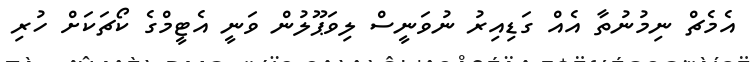
އެމެޗް ނިމުނުތާ އެއް ގަޑިއިރު ނުވަނީސް ލިވަޕޫލުން ވަނީ އެޓީމްގެ ކޯޗަކަށް ހުރި